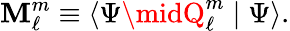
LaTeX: \mathbf{M}_{\ell}^{m}\equiv\langle\Psi\midQ_{\ell}^{m}\mid\Psi\rangle.